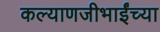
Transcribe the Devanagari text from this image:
कल्याणजीभाईंच्या